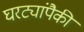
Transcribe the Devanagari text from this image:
घरट्यांपैकी